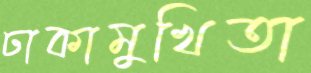
ঢাকামুখিতা